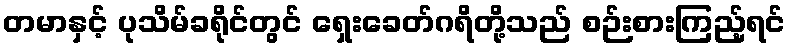
တမာနှင့် ပုသိမ်ခရိုင်တွင် ရှေးခေတ်ဂရိတို့သည် စဉ်းစားကြည့်ရင်